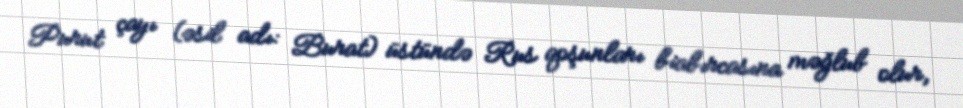
Purut çayı (əsil adı: Burat) üstündə Rus qoşunları biabırcasına məğlub olur,